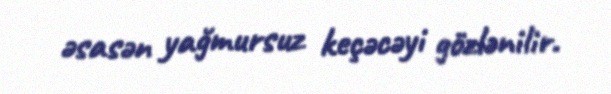
əsasən yağmursuz keçəcəyi gözlənilir.